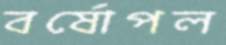
বর্ষোপল